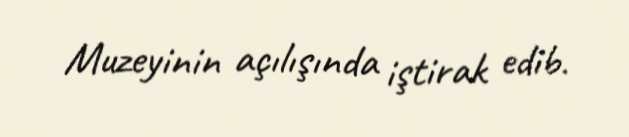
Muzeyinin açılışında iştirak edib.